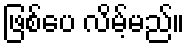
ဖြစ်ပေ လိမ့်မည်။